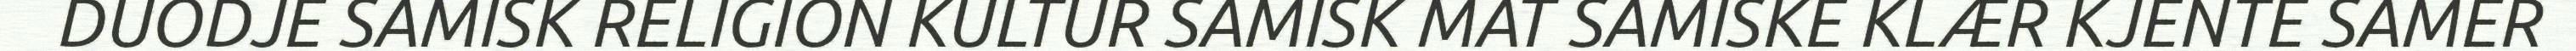
DUODJE SAMISK RELIGION KULTUR SAMISK MAT SAMISKE KLÆR KJENTE SAMER